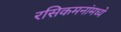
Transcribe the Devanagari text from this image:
रसिकमनांमध्ये